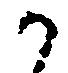
か